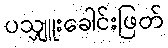
ပသျှူးခေါင်းဖြတ်